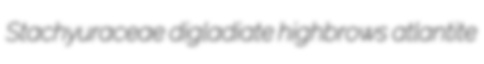
Stachyuraceae digladiate highbrows atlantite